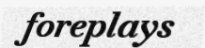
foreplays